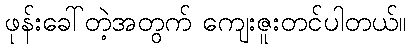
ဖုန်းခေါ်တဲ့အတွက် ကျေးဇူးတင်ပါတယ်။